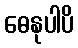
ဓေနုပါပိ